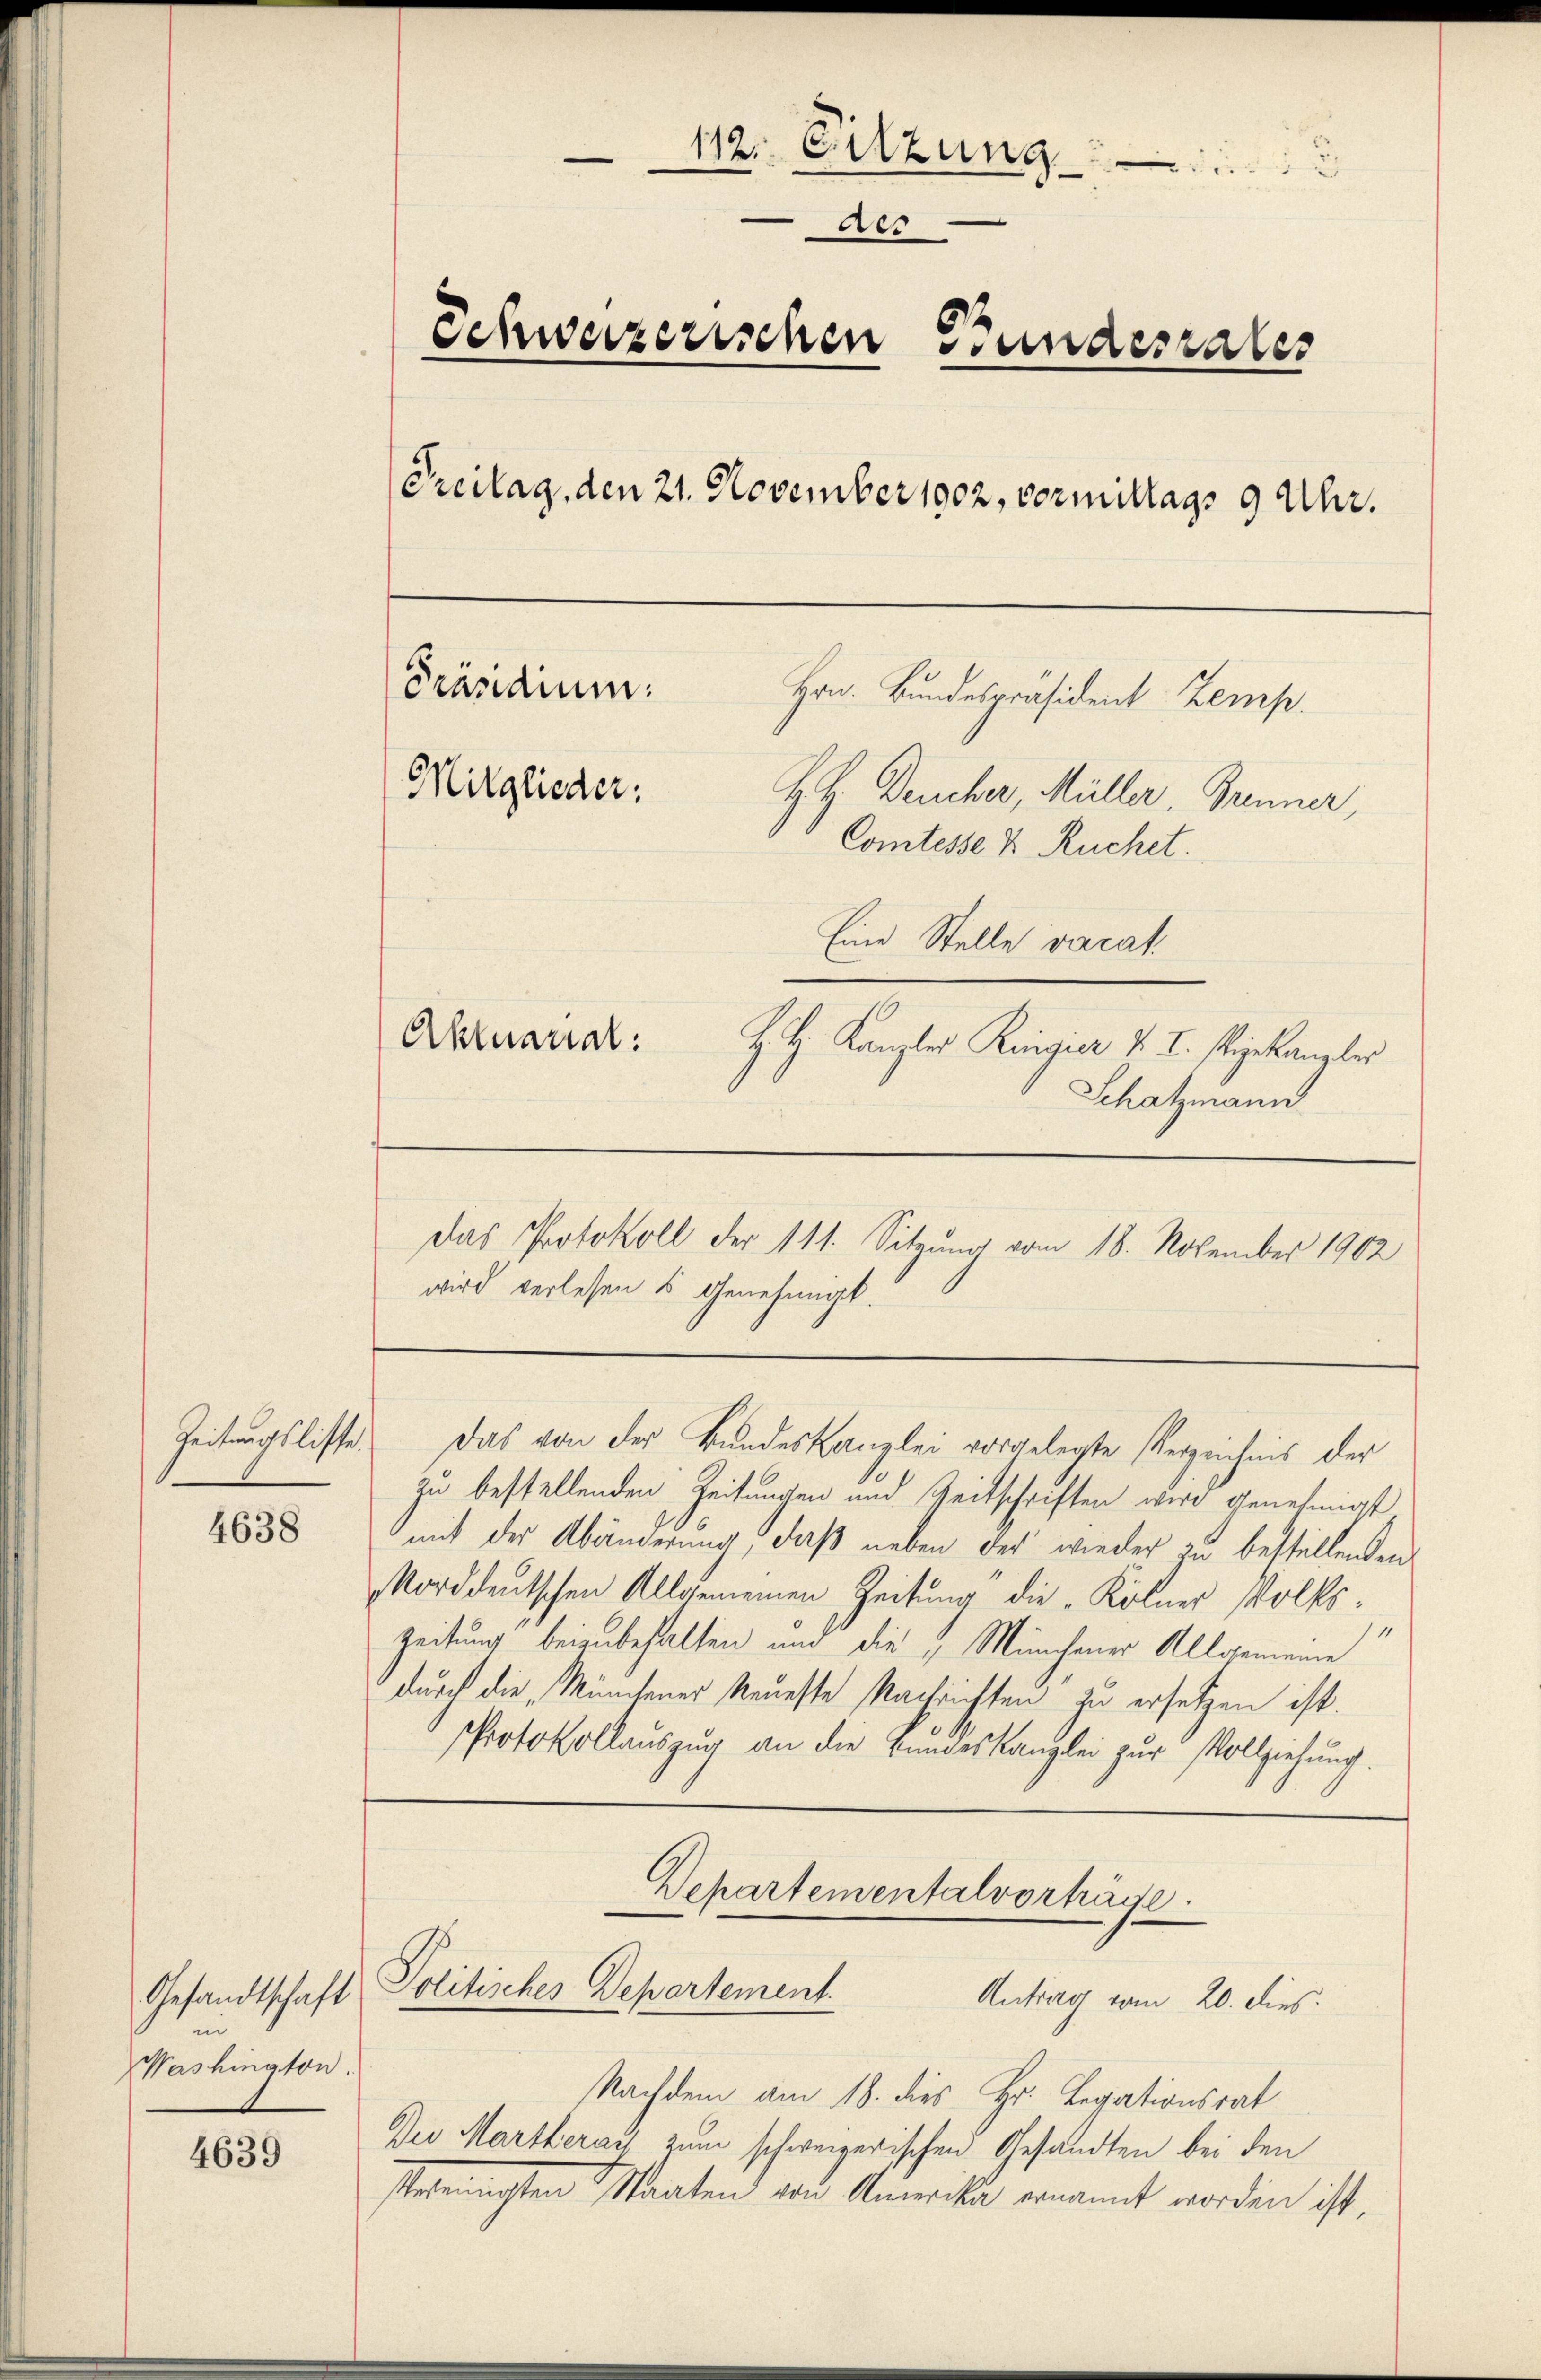
Zeitungslische

4638

Gesandtschaft

Washington.

4639

112. Sitzung
Aes
Schweizerischen Stundesrates
Preitag, den 21. November 1902, vormittags 9 Uhr.
Präsidium. Hrn. Bundespräsident Zemp.
Mitglieder:
H. H. Deucher, Müller, Brunner,
Comtesse & Ruchet.
Eine Stelle vacat
Aktuarial:
H. H. Kanzlei Ringier v. J. steigekanzler
Schatzmann

wird verlesen u Genehmigt.

Das Protokoll der 111. Sitzung vom 18. November 1902

Das von der Bundeskanzlei vorgelegte Verzeichnis der
zu bestellenden Zeitungen und Zeitschriften wird genehmigt
mit der Abänderung, daß neben der wieder zu bestellenden
Norddeutschen Allgemeinen Zeitung die „Kölner Volks¬
Zeitung beizubehalten und die „Münchener Allgemeine
durch die Minutener Neueste Nachrichten zu ersetzen ist.
Protokollauszug an die Bundeskanzlei zur Vollziehung.

Departementalvorträge.
Politisches Departement
Antrag vom 20. dies

Nachdem am 18. dies Hr. Legationsrat
Deo Martheraus zum schweizerischen Gesandten bei den
seennichten Maaten von Amerika genannt worden ist.